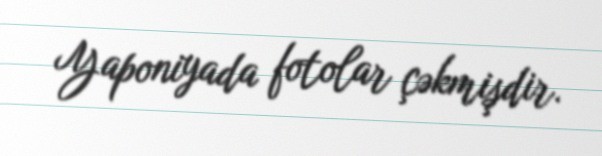
Yaponiyada fotolar çəkmişdir.